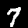
Label: 7